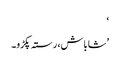
‘
’شاباش، رستہ پکڑو۔